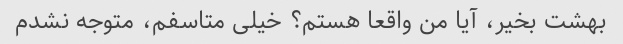
بهشت بخیر، آیا من واقعا هستم؟ خیلی متاسفم، متوجه نشدم